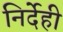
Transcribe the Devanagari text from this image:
निर्देही